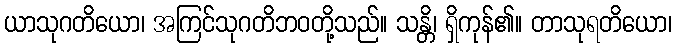
ယာသုဂတိယော၊ အကြင်သုဂတိဘဝတို့သည်။ သန္တိ၊ ရှိကုန်၏။ တာသုရတိယော၊